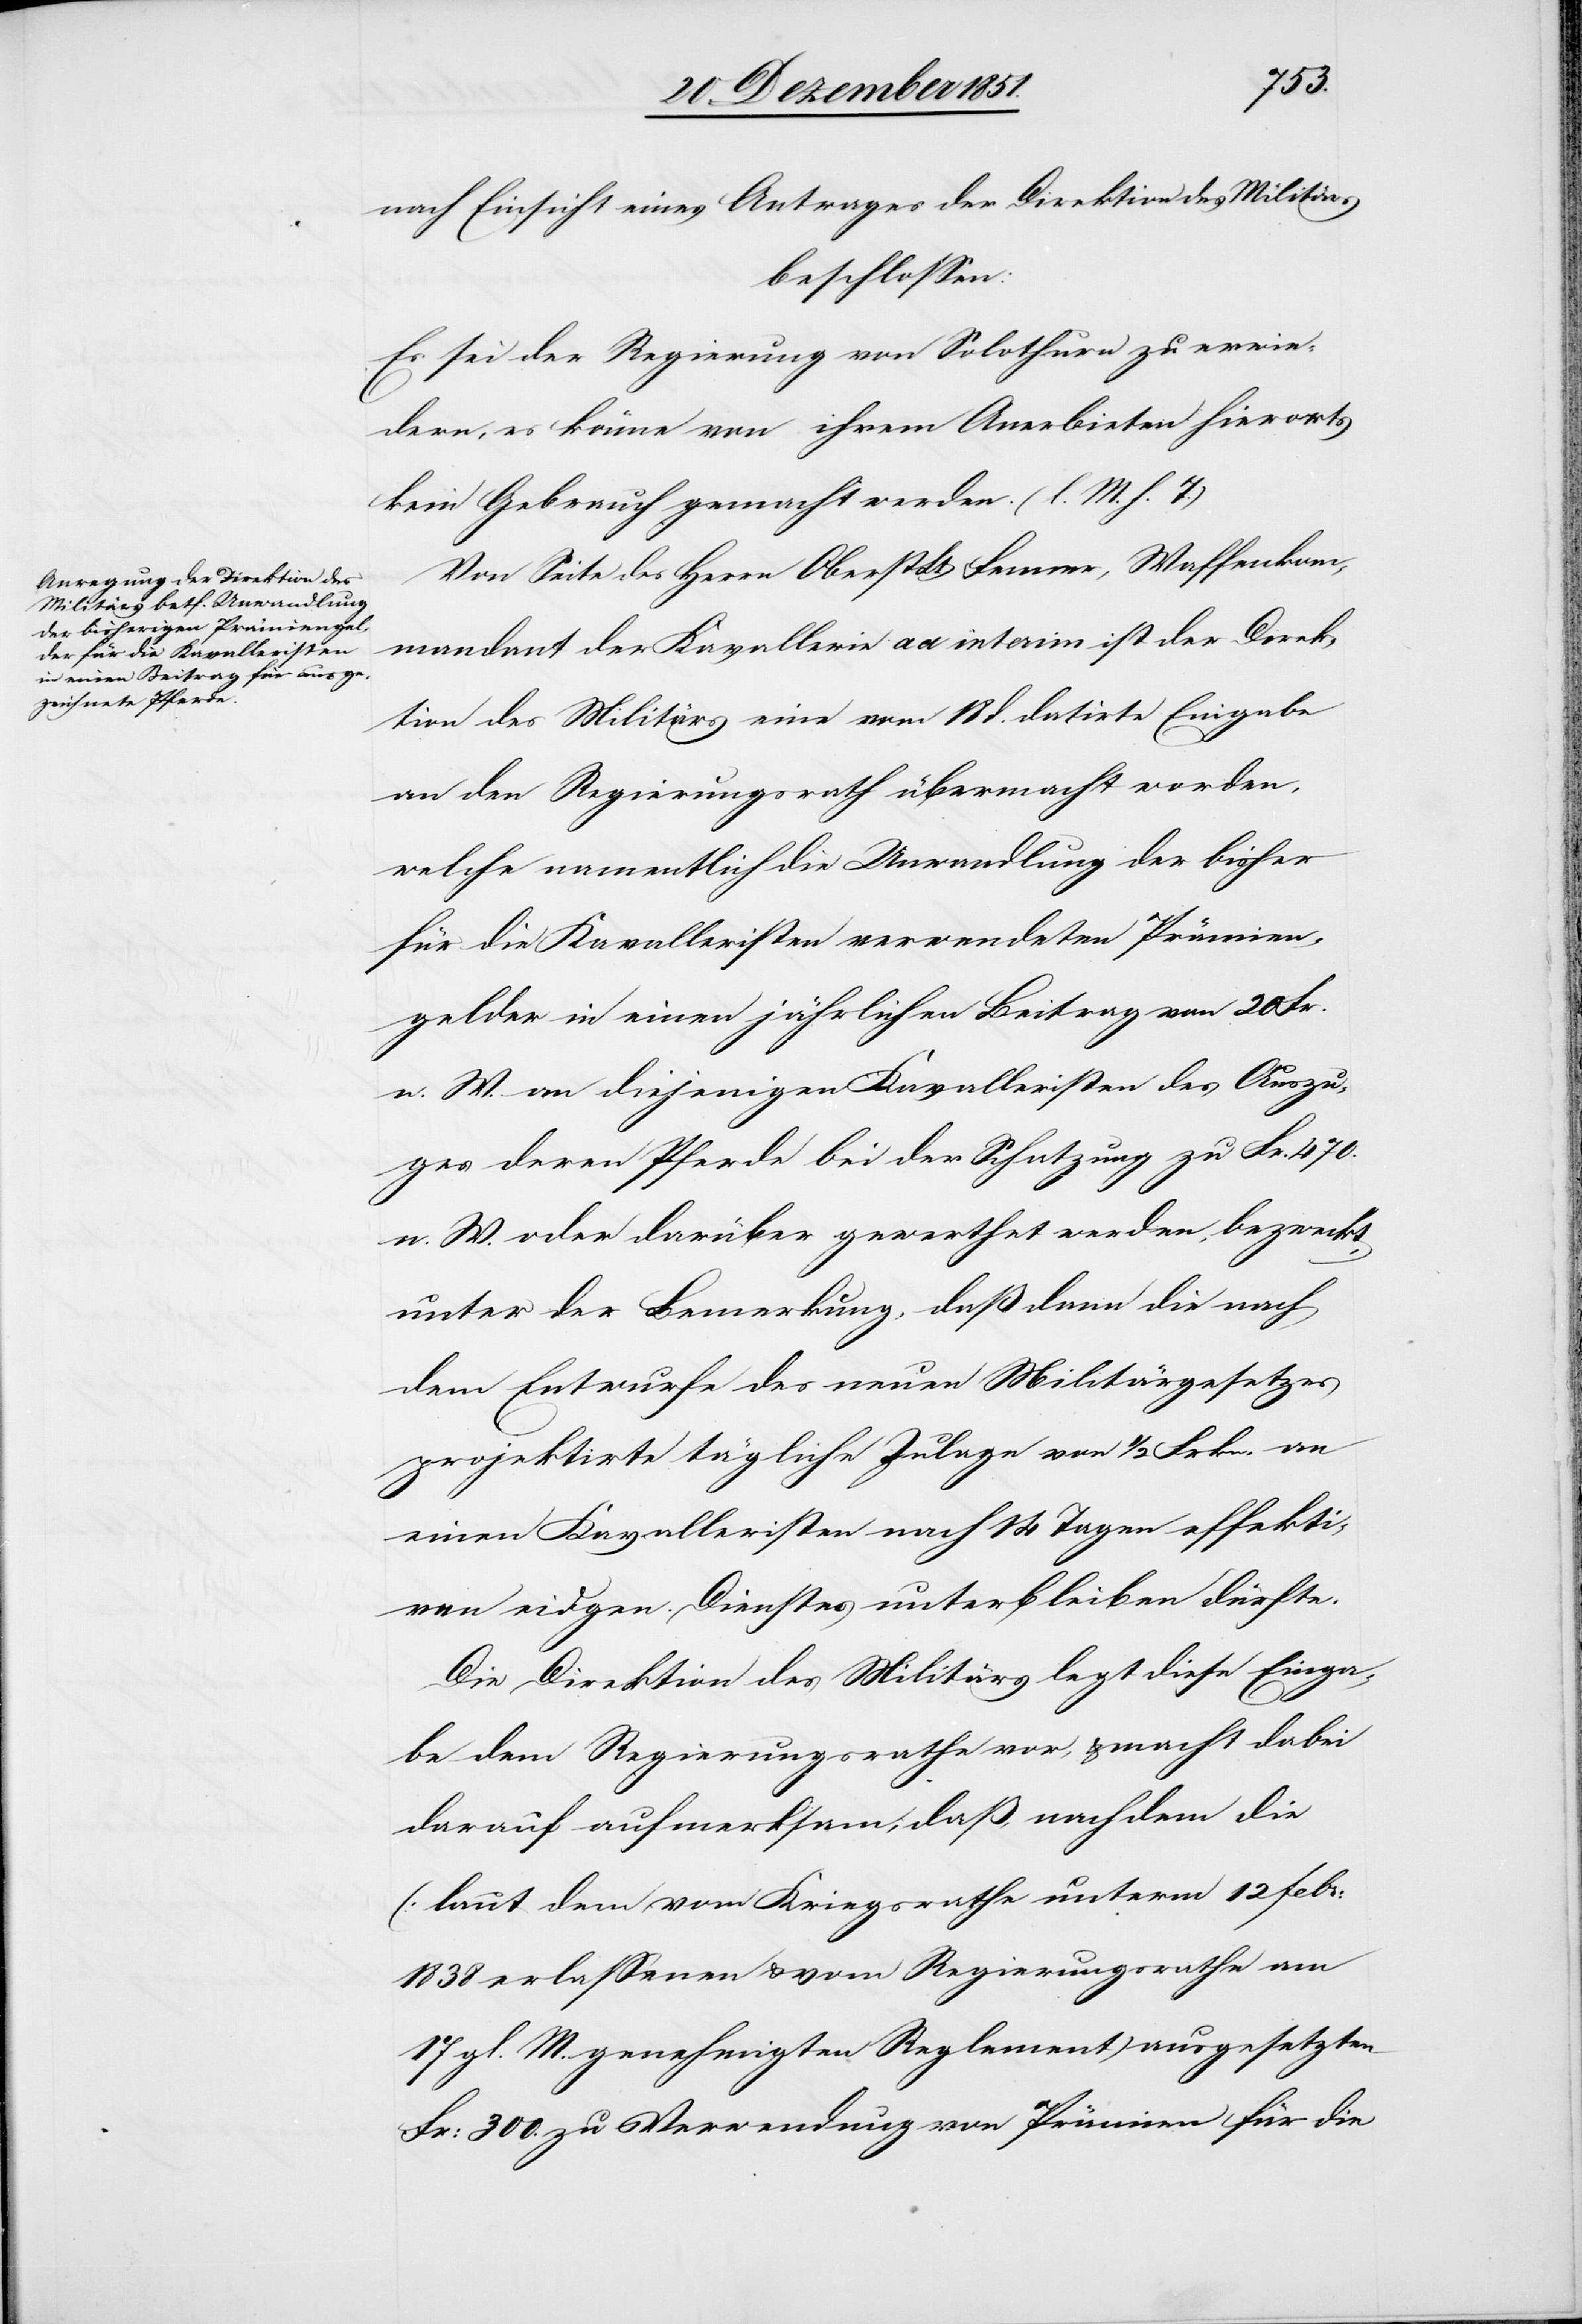
nach Einsicht eines Antrages der Direktion des Militärs
beschlossen:
Es sei der Regierung von Solothurn zu erwie¬
dern, es könne von ihrem Anerbieten hierorts
kein Gebrauch gemacht werden. (l. M. h. T.)
Von Seite des Herrn Oberst Lt. Fenner, Waffenkom¬
mandant der Kavallerie ad interim ist der Direk¬
tion des Militärs eine vom 18 d. datirte Eingabe
an den Regierungsrath übermacht worden,
welche namentlich die Unwandlung [sic!] der bisher
für die Kavalleristen verwendeten Prämien¬
gelder in einen jährlichen Beitrag von 20 Fr.
n. W. an diejenigen Kavalleristen des Auszu¬
ges deren Pferde bei der Schatzung zu Fr. 470.
n. W. oder darüber gewerthet werden, bezweckt,
unter der Bemerkung, daß dann die nach
dem Entwurfe des neuen Militärgesetzes
projektirte tägliche Zulage von 1/2 Frkn. an
einen Kavalleristen nach 14 Tagen effekti¬
ven eidgen. Dienstes unterbleiben dürfte.
Die Direktion des Militärs legt diese Einga¬
be dem Regierungsrathe vor, & macht dabei
darauf aufmerksam, daß, nachdem die
(laut dem vom Kriegsrathe unterm 12 Febr:
1838 erlassenen & vom Regierungsrathe am
17 gl. M. genehmigten Reglement) ausgesetzten
Fr: 300. zu Verwendung von Prämien für die